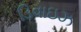
ડિવાઇઝ